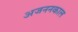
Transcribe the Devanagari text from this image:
अजननकाल